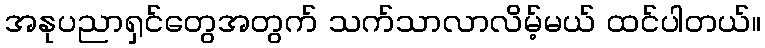
အနုပညာရှင်တွေအတွက် သက်သာလာလိမ့်မယ် ထင်ပါတယ်။